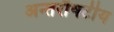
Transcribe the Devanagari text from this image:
अन्तर्रौषटीय